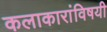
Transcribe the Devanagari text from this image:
कलाकारांविषयी